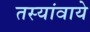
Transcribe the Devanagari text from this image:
तस्यांवाये